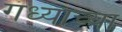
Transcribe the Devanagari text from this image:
गंध्याच्या